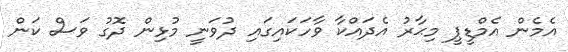
އެމެން އެމްޑީޕީ މިޙާރު އެދައްކާ ވާހަކައިގައި ދުވަނީ މުޅިން ދޮގު ވަސް ކަން